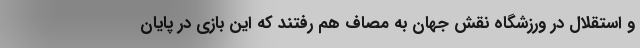
و استقلال در ورزشگاه نقش جهان به مصاف هم رفتند که این بازی در پایان